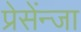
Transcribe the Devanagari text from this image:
प्रेसेंन्जा